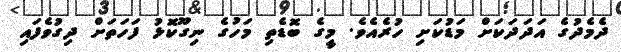
ދެމެދުގެ އަދަދަކަށް މަޑުކަށި ހުރެއެވެ. މީގެ ބޮޑެތި މަހުގެ ނިގޫކޮޅު ފަހަތަށް ދިގުވެފައި